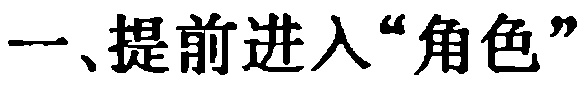
一、提前进入“角色”